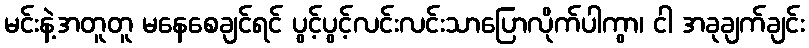
မင်းနဲ့အတူတူ မနေစေချင်ရင် ပွင့်ပွင့်လင်းလင်းသာပြောလိုက်ပါကွာ၊ ငါ အခုချက်ချင်း